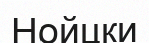
Нойцки